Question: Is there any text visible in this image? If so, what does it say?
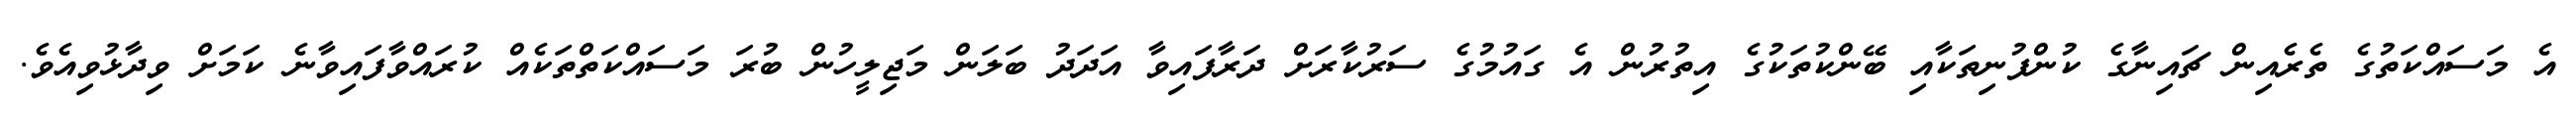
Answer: އެ މަސައްކަތުގެ ތެރެއިން ޗައިނާގެ ކުންފުނިތަކާއި ބޭންކުތަކުގެ އިތުރުން އެ ގައުމުގެ ސަރުކާރަށް ދަރާފައިވާ އަދަދު ބަލަން މަޖިލީހުން ބުރަ މަސައްކަތްތަކެއް ކުރައްވާފައިވާނެ ކަމަށް ވިދާޅުވިއެވެ.